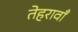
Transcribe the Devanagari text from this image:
तेहरावाँ